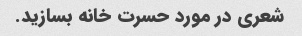
شعری در مورد حسرت خانه بسازید.